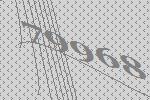
79968